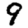
Digit: 9